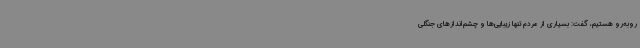
روبه‌رو هستیم، گفت: بسیاری از مردم تنها زیبایی‌ها و چشم‌اندازهای جنگلی